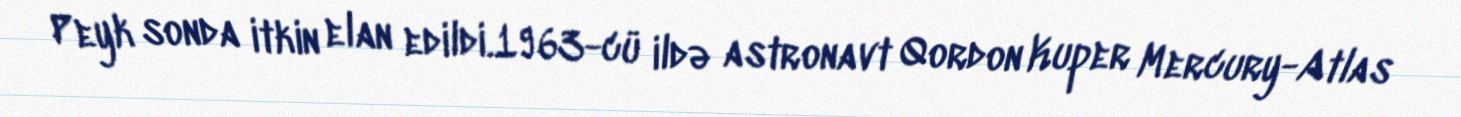
Peyk sonda itkin elan edildi.1963-cü ildə astronavt Qordon Kuper Mercury-Atlas